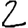
Digit: 2